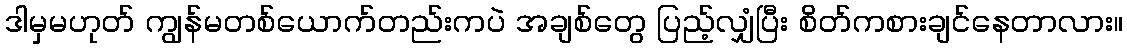
ဒါမှမဟုတ် ကျွန်မတစ်ယောက်တည်းကပဲ အချစ်တွေ ပြည့်လျှံပြီး စိတ်ကစားချင်နေတာလား။